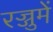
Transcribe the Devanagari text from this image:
रज्जुमें